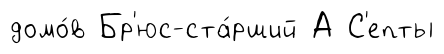
домо́в Бр'юс-ста́рший А С'епты